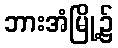
ဘားအံမြို့၌